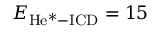
E _ { \mathrm { H e ^ { * } - I C D } } = 1 5